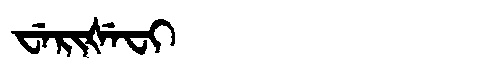
Manchu: ᠸᡝᡵᡳᡧᡝᠸᡳ
Romanization: WERIŠEFI